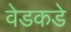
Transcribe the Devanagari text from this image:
वेडकडे